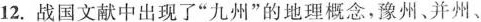
12.战国文献中出现了”九州”的地理概念，豫州、并州、